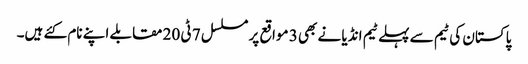
پاکستان کی ٹیم سے پہلے ٹیم انڈیا نے بھی 3 مواقع پر مسلسل 7 ٹی 20 مقابلے اپنے نام کئے ہیں۔